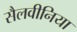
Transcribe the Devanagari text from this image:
सैलवीनिया